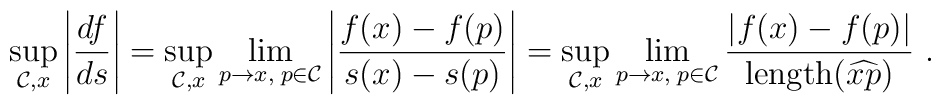
\sup_{\mathcal{C},x} \left|\frac{df}{ds}\right| =\sup_{\mathcal{C},x} \lim_{p\to x,\;p \in \mathcal{C}} \left|\frac{f(x)-f(p)}{s(x)-s(p)}\right| =\sup_{\mathcal{C},x} \lim_{p\to x,\;p \in \mathcal{C}} \frac{|f(x)-f(p)|}{\mathrm{length}(\widehat{xp})}~.